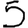
Digit: 5